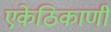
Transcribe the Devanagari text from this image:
एकेठिकाणी